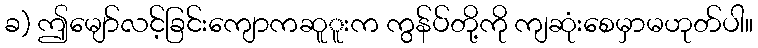
ခ) ဤမျော်လင့်ခြင်းကျောကဆူူးက ကွန်ပ်တို့ကို ကျဆုံးစေမှာမဟုတ်ပါ။